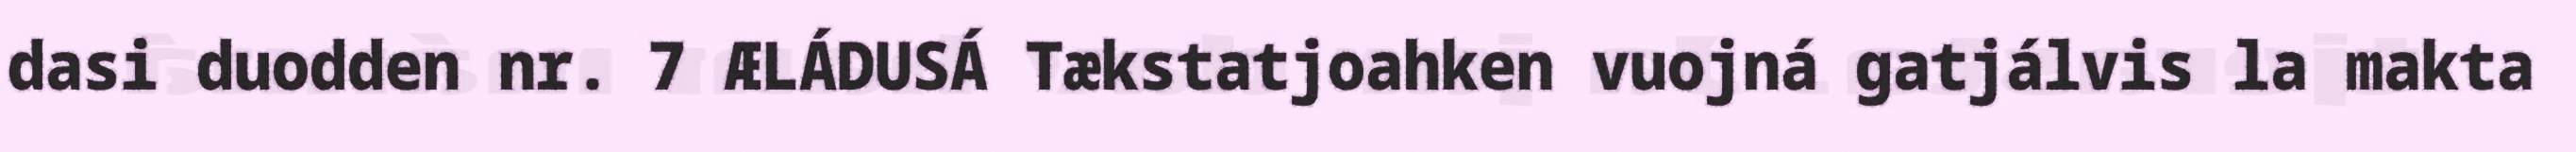
dasi duodden nr. 7 ÆLÁDUSÁ Tækstatjoahken vuojná gatjálvis la makta